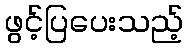
ဖွင့်ပြပေးသည့်